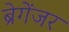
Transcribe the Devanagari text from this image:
ब्रेगेंजर